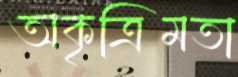
অকৃত্রিমতা